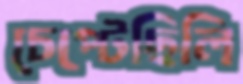
চেপ্‌টেছিলি